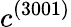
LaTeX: c^{(3001)}